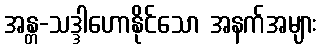
အန္တ-သဒ္ဒါဟောနိုင်သော အနက်အများ